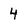
Character: 4